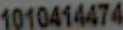
1010414474